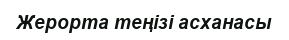
Жерорта теңізі асханасы